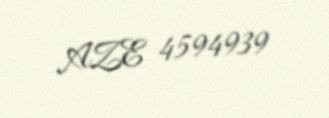
AZE 4594939